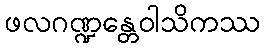
ဖလဂဏ္ဍန္တေဝါသိကဿ